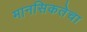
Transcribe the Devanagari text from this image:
मानसिकतेचा